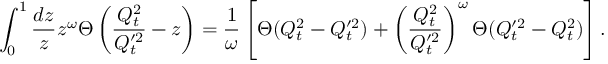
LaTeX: \int _ { 0 } ^ { 1 } { \frac { d z } { z } } z ^ { \omega } \Theta \left( { \frac { Q _ { t } ^ { 2 } } { Q _ { t } ^ { \prime 2 } } } - z \right) = { \frac { 1 } { \omega } } \left[ \Theta ( Q _ { t } ^ { 2 } - Q _ { t } ^ { \prime 2 } ) + \left( { \frac { Q _ { t } ^ { 2 } } { Q _ { t } ^ { \prime 2 } } } \right) ^ { \omega } \Theta ( Q _ { t } ^ { \prime 2 } - Q _ { t } ^ { 2 } ) \right] .